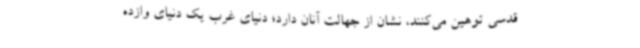
قدسی توهین می‌کنند، نشان از جهالت آنان دارد؛ دنیای غرب یک دنیای وازده